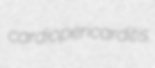
cardiopericarditis